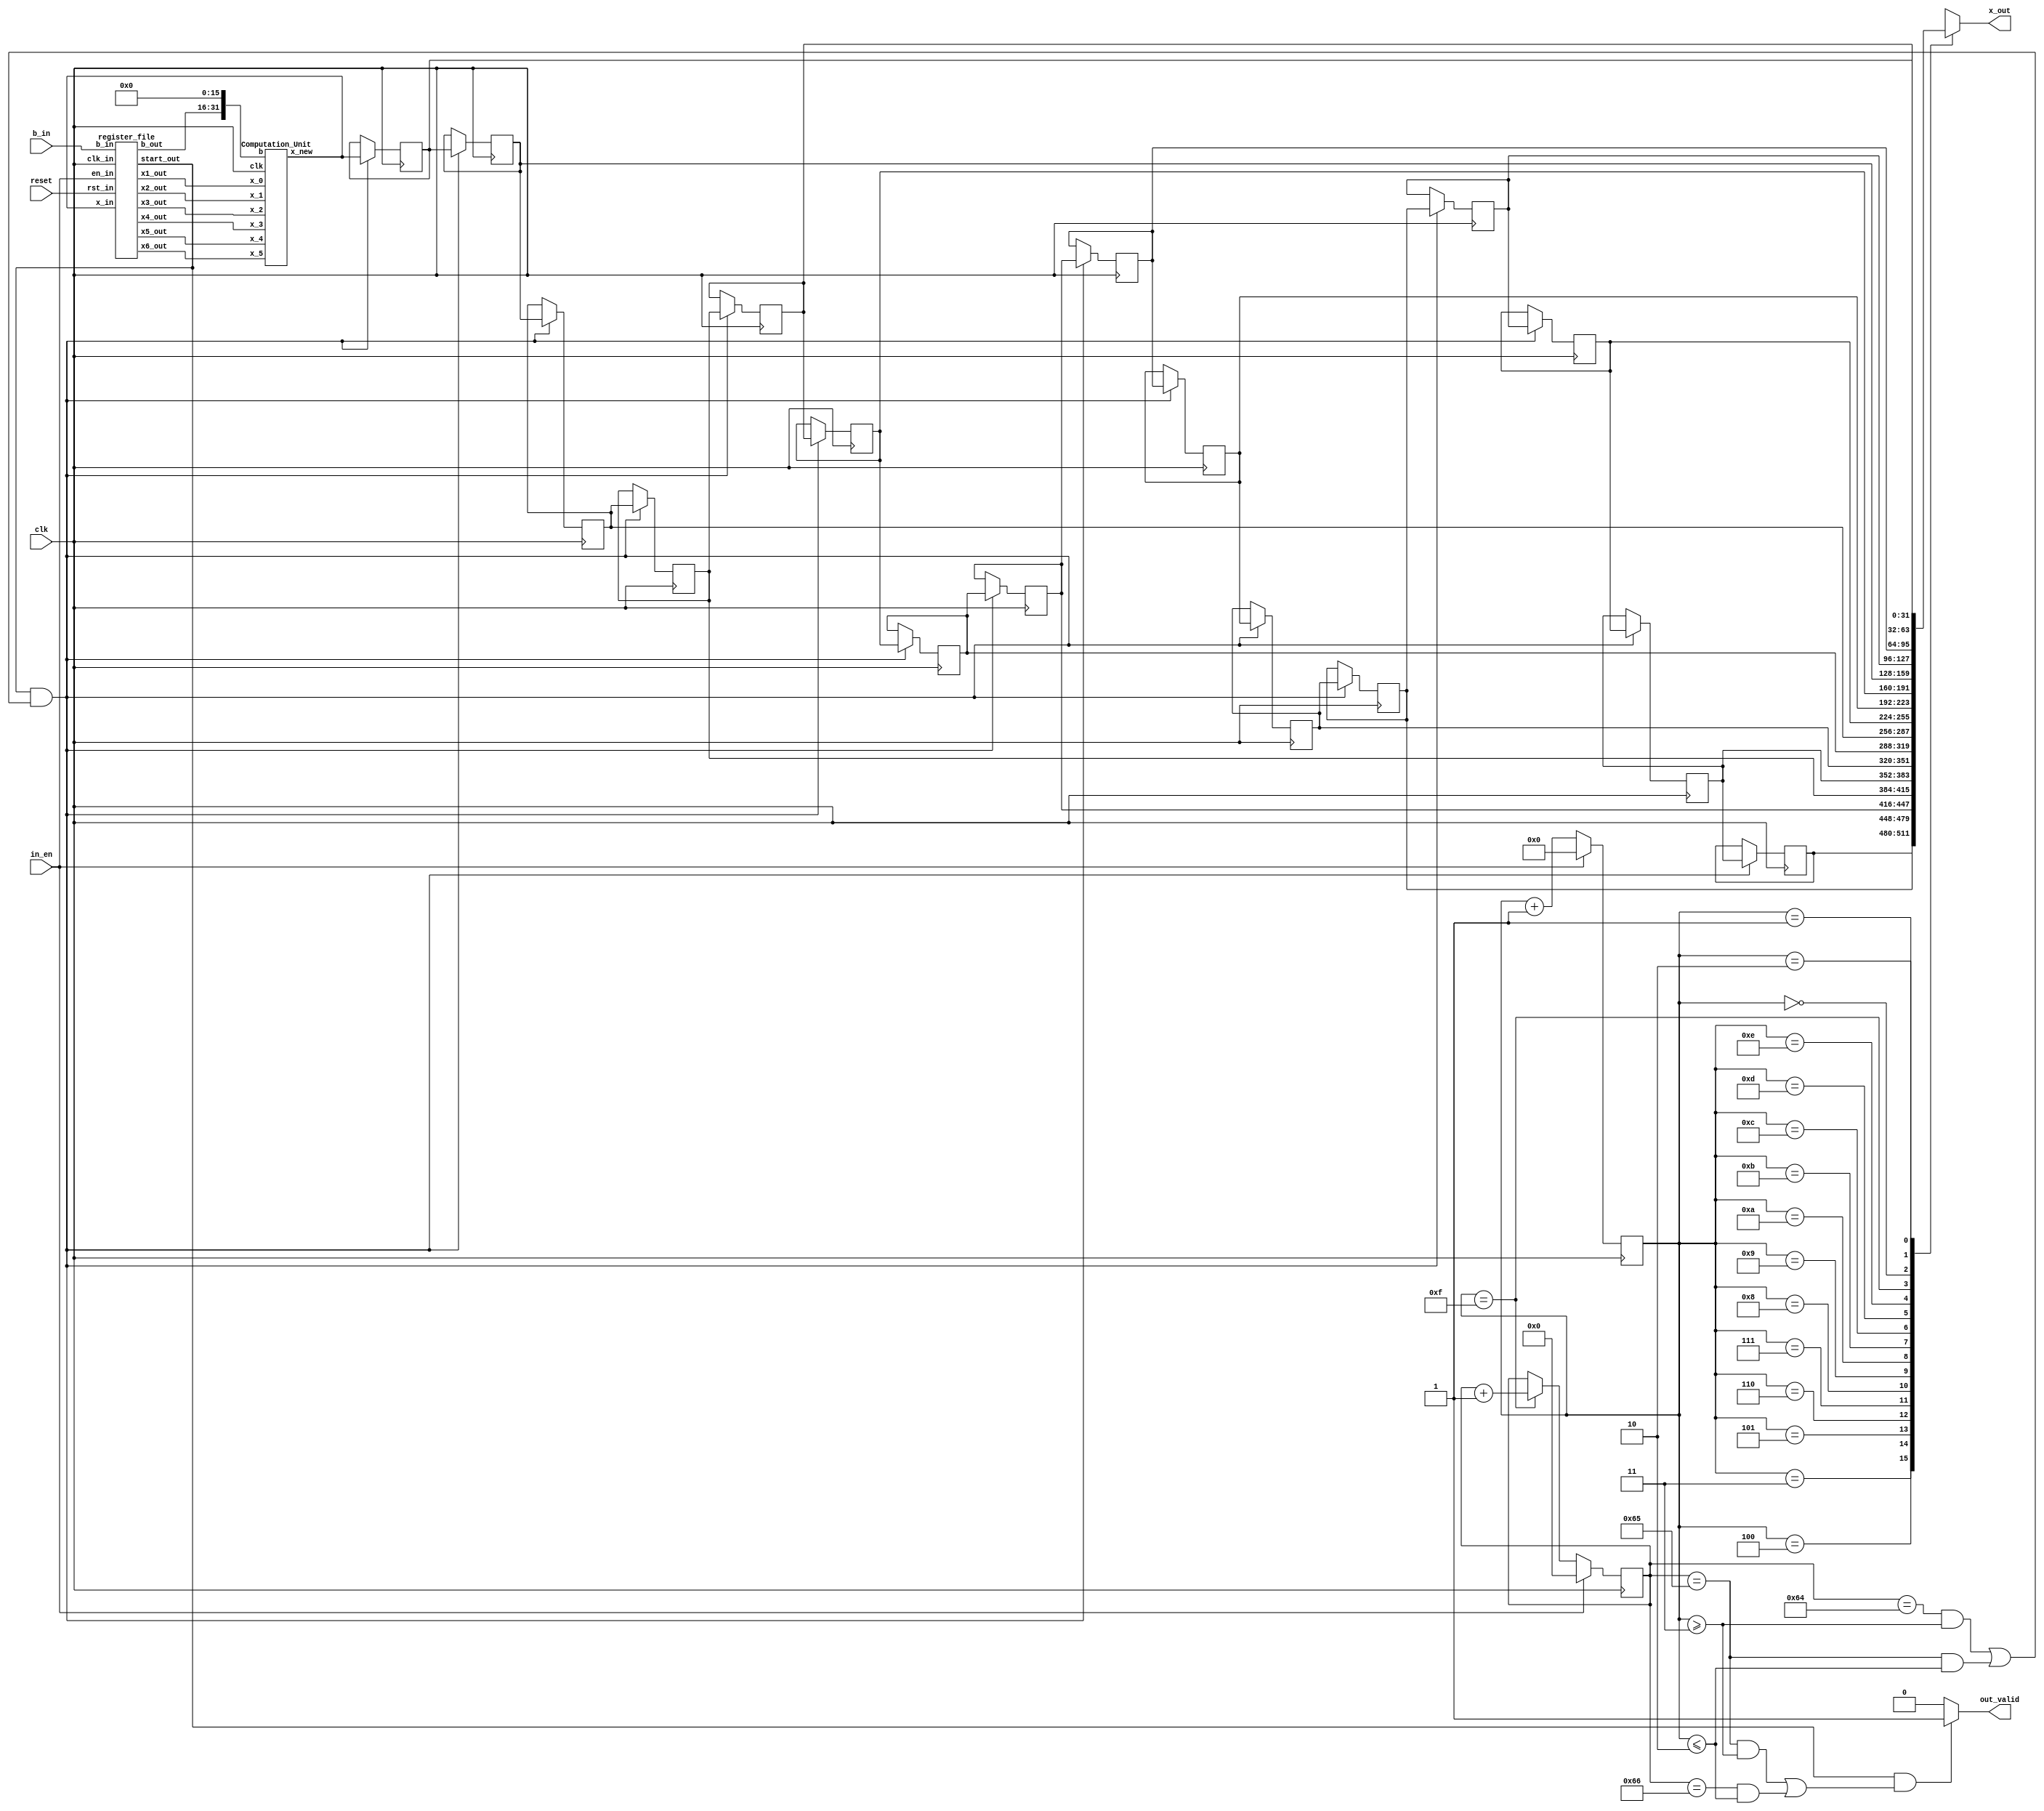
`timescale 1ns/10ps
module GSIM ( clk, reset, in_en, b_in, out_valid, x_out);

    input   clk ;
    input   reset ;
    input   in_en;
    output  out_valid;
    input   [15:0]  b_in;
    output reg [31:0]  x_out;

    parameter RUN = 100; //after this run number, the out_valid will be pulled up

    wire [32-1:0] x;
    wire [32-1:0] x1, x2, x3, x4, x5, x6;
    wire [16-1:0] b;
    reg  [4-1:0]  cycle_count_r;
    reg  [4-1:0]  cycle_count_w;
    reg  [9-1:0]  run_count_r;
    reg  [9-1:0]  run_count_w;
    wire          start;
    reg  [32-1:0] x_stored_r[1:16];
    reg  [32-1:0] x_stored_w[1:16];

    integer       i;

    register_file register_file (
        .clk_in(clk),
        .rst_in(reset),
        .en_in(in_en),
        .b_in(b_in),
        .x_in(x),
        .b_out(b),
        .x1_out(x1),
        .x2_out(x2),
        .x3_out(x3),
        .x4_out(x4),
        .x5_out(x5),
        .x6_out(x6),
        .start_out(start)
    );

    Computation_Unit Computation_Unit (
        .clk(clk),
        .b({b, 16'd0}),
        .x_0(x1),
        .x_1(x2),
        .x_2(x3),
        .x_3(x4),
        .x_4(x5),
        .x_5(x6),
        .x_new(x)
    );

    //Handle cycle_count_r, initialize when in_en is high; otherwise, count the cycle number
    always @(*) begin
        if (in_en == 1'b1)
            cycle_count_w = 4'd0;
        else
            cycle_count_w = cycle_count_r + 1;
    end

    always @(posedge clk) begin
        cycle_count_r <= cycle_count_w;
    end

    //Handle run_count_r, initialize when in_en is high; otherwise, when cycle_count_r is 15, run_count_r + 1
    always @(*) begin
        if (in_en == 1'b1)
            run_count_w = 8'd0;
        else if (cycle_count_r == 4'd15)
            run_count_w = run_count_r + 1;
        else
            run_count_w = run_count_r;
    end

    always @(posedge clk) begin
        run_count_r <= run_count_w;
    end

    // assign x_out     = x; //just output the x computed
    always @(*) begin
        for (i = 1; i < 16+1; i = i + 1) begin
            x_stored_w[i] = x_stored_r[i];
        end
        if (start && ((run_count_r == RUN && cycle_count_r >= 4'd3) || (run_count_r == RUN + 1 && cycle_count_r <= 4'd2))) begin
            x_stored_w[16] = x;
            for (i = 1; i < 16; i = i + 1) begin
                x_stored_w[i] = x_stored_r[i+1];
            end
        end
    end

    always @(posedge clk) begin
        for (i = 1; i < 16+1; i = i + 1) begin
            x_stored_r[i] <= x_stored_w[i];
        end
    end

    always @(*) begin
        case (cycle_count_r)//1 5 9 13 2 6 10 14 3 7 11 15 4 8 12 16
            4'd3:
                x_out =  x_stored_r[1];
            4'd4:
                x_out =  x_stored_r[5];
            4'd5:
                x_out =  x_stored_r[9];
            4'd6:
                x_out =  x_stored_r[13];
            4'd7:
                x_out =  x_stored_r[2];
            4'd8:
                x_out =  x_stored_r[6];
            4'd9:
                x_out =  x_stored_r[10];
            4'd10:
                x_out =  x_stored_r[14];
            4'd11:
                x_out =  x_stored_r[3];
            4'd12:
                x_out =  x_stored_r[7];
            4'd13:
                x_out =  x_stored_r[11];
            4'd14:
                x_out =  x_stored_r[15];
            4'd15:
                x_out =  x_stored_r[4];
            4'd0:
                x_out =  x_stored_r[8];
            4'd1:
                x_out =  x_stored_r[12];
            4'd2:
                x_out =  x_stored_r[16];
        endcase
    end

    assign out_valid = (start && ((run_count_r == RUN+1 && cycle_count_r >= 4'd3) || (run_count_r == RUN + 2 && cycle_count_r <= 4'd2))) ? 1'b1 : 1'b0; //pulled up when run_count_r achieve RUN

endmodule

/*Register file, used for shiftedly outputing the needed x and b for computation unit*/
module register_file (
    clk_in,
    rst_in,
    en_in,
    b_in,
    x_in,
    b_out,
    x1_out,
    x2_out,
    x3_out,
    x4_out,
    x5_out,
    x6_out,
    start_out
);

    input               clk_in, rst_in, en_in;
    input      [16-1:0] b_in;
    input      [32-1:0] x_in;
    output     [16-1:0] b_out;
    output     [32-1:0] x1_out, x2_out, x3_out, x4_out, x5_out, x6_out;
    output              start_out;

    reg        [16-1:0] b_r[1:16];
    reg        [16-1:0] b_w[1:16];
    
    reg        [32-1:0] x_r[1:16]; //1 5 9 13 2 6 10 14 3 7 11 15 4 8 12 16
    reg        [32-1:0] x_w[1:16];

    reg        [4-1:0]  count_r;
    reg        [4-1:0]  count_w;

    reg                 start_r;
    reg                 start_w;

    reg                 delay_start_r;
    reg                 delay_start_w;

    reg                 compute_delay_start_r;
    reg                 compute_delay_start_w;

    integer             i;

    //Handle b_r, when en_in == 1'b1, read b_in and shift to lower index; otherwise, shift circularly
    always @(*) begin
        if (en_in == 1'b1) begin
            b_w[16] = b_in;
            for (i = 1; i < 16; i = i + 1) begin
                b_w[i] = b_r[i+1];
            end
        end
        else if (start_r == 1'b1 && delay_start_r == 1'b0) begin //b_r stored in this order 1 5 9 13 2 6 10 14 3 7 11 15 4 8 12 16
            b_w[1] = b_r[5];
            b_w[2] = b_r[9];
            b_w[3] = b_r[13];
            b_w[4] = b_r[2];
            b_w[5] = b_r[6];
            b_w[6] = b_r[10];
            b_w[7] = b_r[14];
            b_w[8] = b_r[3];
            b_w[9] = b_r[7];
            b_w[10] = b_r[11];
            b_w[11] = b_r[15];
            b_w[12] = b_r[4];
            b_w[13] = b_r[8];
            b_w[14] = b_r[12];
            b_w[15] = b_r[16];
            b_w[16] = b_r[1];
        end
        else begin
            b_w[16] = b_r[1];
            for (i = 1; i < 16; i = i + 1) begin
                b_w[i] = b_r[i+1];
            end
        end
    end

    always @(posedge clk_in) begin
        for (i = 1; i < 16+1; i = i + 1) begin
            b_r[i] <= b_w[i];
        end
    end

    //Handle x_r, when reset is high, reset to initial values; else store their values until start_r is high, note that the delay_start_r is due to the pipeline of computational unit.
    always @(*) begin
        if (compute_delay_start_r == 1'b1) begin //shift and store x_in to x[14]
            x_w[16] = x_r[1];
            for (i = 1; i < 16; i = i + 1) begin
                x_w[i] = x_r[i+1];
            end
            x_w[13] = x_in;
        end
        else if (start_r == 1'b1) begin //shift but not store x_in
            x_w[16] = x_r[1];
            for (i = 1; i < 16; i = i + 1) begin
                x_w[i] = x_r[i+1];
            end
        end
        else begin
            for (i = 1; i < 16+1; i = i + 1) begin
                x_w[i] = x_r[i];
            end
        end
    end

    always @(posedge clk_in or posedge rst_in) begin
        if (rst_in == 1'b1) begin //Run initial_x_value_generator.py for random initial values
            x_r[1] <= 32'd0;
            x_r[2] <= 32'd0;
            x_r[3] <= 32'd0;
            x_r[4] <= 32'd0;
            x_r[5] <= 32'd0;
            x_r[6] <= 32'd0;
            x_r[7] <= 32'd0;
            x_r[8] <= 32'd0;
            x_r[9] <= 32'd0;
            x_r[10] <= 32'd0;
            x_r[11] <= 32'd0;
            x_r[12] <= 32'd0;
            x_r[13] <= 32'd0;
            x_r[14] <= 32'd0;
            x_r[15] <= 32'd0;
            x_r[16] <= 32'd0;
        end
        else begin
            for (i = 1; i < 16+1; i = i + 1) begin
                x_r[i] <= x_w[i];
            end
        end
    end

    //Handle count_r, start to count right after the moment en_in is pulled to high; before that, set to 0
    always @(*) begin
        count_w = count_r + 1;
    end

    always @(posedge clk_in or posedge rst_in) begin
        if (rst_in == 1'b1)
            count_r <= 4'd0;
        else if (start_r == 1'b1 || en_in == 1'b1)
            count_r <= count_w;
        else
            count_r <= 4'd0;
    end

    //Handle start_r, if en_in is high, the counter start, and if the counter arrives at 15, set start_r to shift x_r
    always @(*) begin
        if (count_r == 4'd15)
            start_w = 1'b1;
        else
            start_w = start_r;
    end

    always @(posedge clk_in or posedge rst_in) begin
        if (rst_in == 1'b1)
            start_r <= 1'b0;
        else
            start_r <= start_w;
    end

    //Handle delay_start_r, delayed from start_r by one cycle because of the computational unit delay
    always @(*) begin
        delay_start_w = start_r;
    end

    always @(posedge clk_in or posedge rst_in) begin
        if (rst_in == 1'b1)
            delay_start_r <= 1'b0;
        else
            delay_start_r <= delay_start_w;
    end

    //Handle compute_delay_start_r to know when we start write the value back
    always @(*) begin
        if (start_r == 1'b1 && count_r == 4'd2) begin
            compute_delay_start_w = start_r;
        end
        else begin
            compute_delay_start_w = compute_delay_start_r;
        end
    end

    always @(posedge clk_in or posedge rst_in) begin
        if (rst_in == 1'b1)
            compute_delay_start_r <= 1'b0;
        else
            compute_delay_start_r <= compute_delay_start_w;
    end

    assign b_out     = b_r[1];                               //always output b_r[1] and shift from higher index
    assign x1_out    = (count_r < 4'd12) ? x_r[5] :
                       (count_r < 4'd15) ? x_r[6] : 32'd0;
    assign x2_out    = (count_r > 4'd3) ? x_r[13] :
                       (count_r > 4'd0) ? x_r[12] : 32'd0;
    assign x3_out    = (count_r < 4'd8) ? x_r[9] :
                       (count_r != 4'd11 && count_r != 4'd15) ? x_r[10] : 32'd0;
    assign x4_out    = (count_r > 4'd7) ? x_r[9] :
                       (count_r != 4'd0 && count_r != 4'd4) ? x_r[8] : 32'd0;
    assign x5_out    = (count_r < 4'd4) ? x_r[13] :
                       (count_r != 4'd7 && count_r != 4'd11 && count_r != 4'd15) ? x_r[14] : 32'd0;
    assign x6_out    = (count_r > 4'd11) ? x_r[5] :
                       (count_r != 4'd8 && count_r != 4'd4 && count_r != 4'd0) ? x_r[4] : 32'd0;
    assign start_out = start_r;                              //To let GSIM know the out_valid can be pulled up

endmodule


/* ========  ========
codeExercise.pdf p.9 
2stagepipeline2stagecritical path432bit
test pattern()rank A()
 ================================*/

module Computation_Unit (clk, b, x_0, x_1, x_2, x_3, x_4, x_5, x_new); // compute the result in 2 cycles 
    input                clk;               // Compute : b + 13(x_0 + x_1) - 6(x_2 + x_3) + (x_4 + x_5)
    input signed  [31:0] b;                    
    input signed  [31:0] x_0, x_1, x_2, x_3, x_4, x_5;
    output signed [31:0] x_new;

    reg signed  [31:0] b_r;                    
    reg signed  [31:0] x_0_r, x_1_r, x_2_r, x_3_r, x_4_r, x_5_r;
    reg signed  [31:0] b_r_r;                    
    reg signed  [31:0] x_0_r_r, x_1_r_r, x_2_r_r, x_3_r_r, x_4_r_r, x_5_r_r;

    always @(posedge clk) begin
        b_r <= b;
        x_0_r <= x_0;
        x_1_r <= x_1;
        x_2_r <= x_2;
        x_3_r <= x_3;
        x_4_r <= x_4;
        x_5_r <= x_5;
        b_r_r <= b_r;
        x_0_r_r <= x_0_r;
        x_1_r_r <= x_1_r;
        x_2_r_r <= x_2_r;
        x_3_r_r <= x_3_r;
        x_4_r_r <= x_4_r;
        x_5_r_r <= x_5_r;
    end

    //================= Parameter Declaration ======================
    wire signed   [32:0] x_0_1, x_2_3, x_4_5, x_plus_b;
    wire signed   [33:0] x_2_3_mul2;
    wire signed   [34:0] x_0_1_mul4, x_2_3_mul4, x_2_3_mul6;
    wire signed   [35:0] x_0_1_mul8, x_0_1_mul13, x_sub_6;
    wire signed   [36:0] DFF_nxt;
    reg signed    [36:0] DFF;

    //===================== Combinational ==========================
    assign x_0_1 = x_0_r_r + x_1_r_r;
    assign x_2_3 = x_2_r_r + x_3_r_r;
    assign x_4_5 = x_4_r_r + x_5_r_r;
    assign x_plus_b = x_4_5 + b_r_r;
    assign x_0_1_mul4 = {x_0_1, 2'b0};
    assign x_0_1_mul8 = {x_0_1, 3'b0};
    assign x_0_1_mul13 = x_0_1 + x_0_1_mul4 + x_0_1_mul8;
    assign x_2_3_mul2 = {x_2_3, 1'b0};
    assign x_2_3_mul4 = {x_2_3, 2'b0};
    assign x_2_3_mul6 = x_2_3_mul2 + x_2_3_mul4;
    assign x_sub_6 = x_plus_b - x_2_3_mul6;
    assign DFF_nxt = x_0_1_mul13 + x_sub_6;

    division_20 div0 (.in(DFF), .out(x_new));

    //======================= Sequential ===========================
    always @(posedge clk) begin
        DFF <= DFF_nxt;
    end

endmodule

module division_20 (in, out);  // multiply by (2^-5 + 2^-6 + 2^-9 + 2^-10 + 2^-13 + 2^-14 + 2^-17 + 2^-18 
    input  signed [36:0] in;   //            + 2^-21 + 2^-22 + 2^-25 + 2^-26 + 2^-29 + 2^-30 + 2^-33 + 2^-34)
    output signed [31:0] out;

    wire signed [36:0] x_5, x_6, x_9, x_10, x_13, x_14, x_17, x_18, x_21, x_22, x_25, x_26, x_29, x_30, x_33, x_34;
    wire signed [36:0] x_5_6, x_9_10, x_13_14, x_17_18, x_21_22, x_25_26, x_29_30, x_33_34;
    wire signed [36:0] x_5to10, x_13to18, x_21to26, x_29to34, x_5to18, x_21to34, x_total;

    assign x_5 = in;
    assign x_6 = in >>> 1;
    assign x_9 = in >>> 4;
    assign x_10 = in >>> 5;
    assign x_13 = in >>> 8;
    assign x_14 = in >>> 9;
    assign x_17 = in >>> 12;
    assign x_18 = in >>> 13; 
    assign x_21 = in >>> 16;
    assign x_22 = in >>> 17;
    assign x_25 = in >>> 20;
    assign x_26 = in >>> 21;
    assign x_29 = in >>> 24;
    assign x_30 = in >>> 25;
    assign x_33 = in >>> 28;
    assign x_34 = in >>> 29;

    assign x_5_6 = x_5 + x_6;
    assign x_9_10 = x_9 + x_10;
    assign x_13_14 = x_13 + x_14;
    assign x_17_18 = x_17 + x_18;
    assign x_21_22 = x_21 + x_22;
    assign x_25_26 = x_25 + x_26;
    assign x_29_30 = x_29 + x_30;
    assign x_33_34 = x_33 + x_34;

    assign x_5to10 = x_5_6 + x_9_10;
    assign x_13to18 = x_13_14 + x_17_18;
    assign x_21to26 = x_21_22 + x_25_26;
    assign x_29to34 = x_29_30 + x_33_34;

    assign x_5to18 = x_5to10 + x_13to18;
    assign x_21to34 = x_21to26 + x_29to34;

    assign x_total = x_5to18 + x_21to34;
    assign out = x_total[36:5] + x_total[4];
endmodule